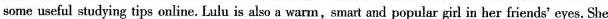
some useful studying tips online. Lulu is also a warm,smart and popular girl in her friends' eyes. She